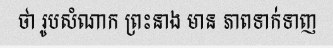
ថា រូបសំណាក ព្រះនាង មាន ភាពទាក់ទាញ